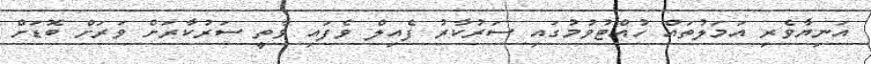
އަނިޔާވެރި އަމަލުތައް ހުއްޓުވުމުގައި ސަރުކާރު ފެއިލް ވެފައި ވާތީ ސަރުކާރަށް ވަރަށް ބޮޑަށް